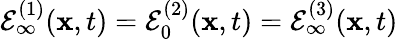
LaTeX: \mathcal{E}_{\infty}^{(1)}(\mathbf{x},t)=\mathcal{E}_{0}^{(2)}(\mathbf{x},t)=\mathcal{E}_{\infty}^{(3)}(\mathbf{x},t)